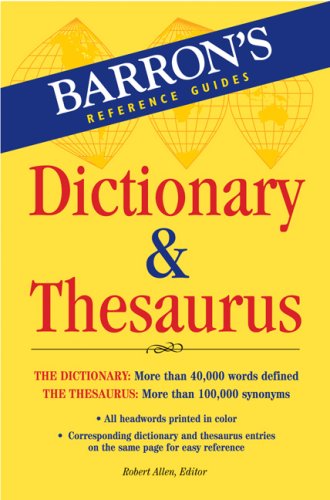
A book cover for Barron's Dictionary & Thesaurus (Barron's Reference Guides); Reference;